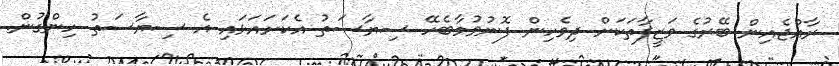
ރާއްޖެއިން ބޭރުގެ ވަޒީފާތަކަށް ދިވެހިން ފޮނުވުމާބެހޭ ސިޔާސަތު އެކަށައަޅައި އެ ސިޔާސަތު ހިންގުން.